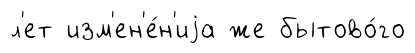
л'ет изм'ен'е́н'иjа же бытово́го